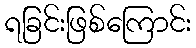
ရခြင်းဖြစ်ကြောင်း